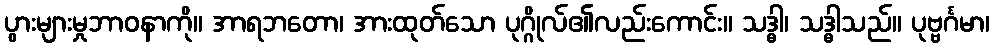
ပွားများမှုဘာဝနာကို။ အာရဘတော၊ အားထုတ်သော ပုဂ္ဂိုလ်၏လည်းကောင်း။ သဒ္ဓါ၊ သဒ္ဓါသည်။ ပုဗ္ဗင်္ဂမာ၊